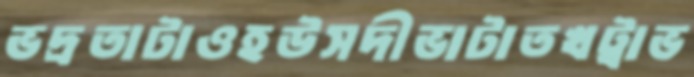
ভদ্রতাটাওহউসদীভাটাতখট্বাভ